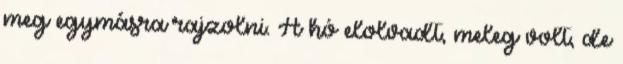
meg egymásra rajzolni. A hó elolvadt, meleg volt, de